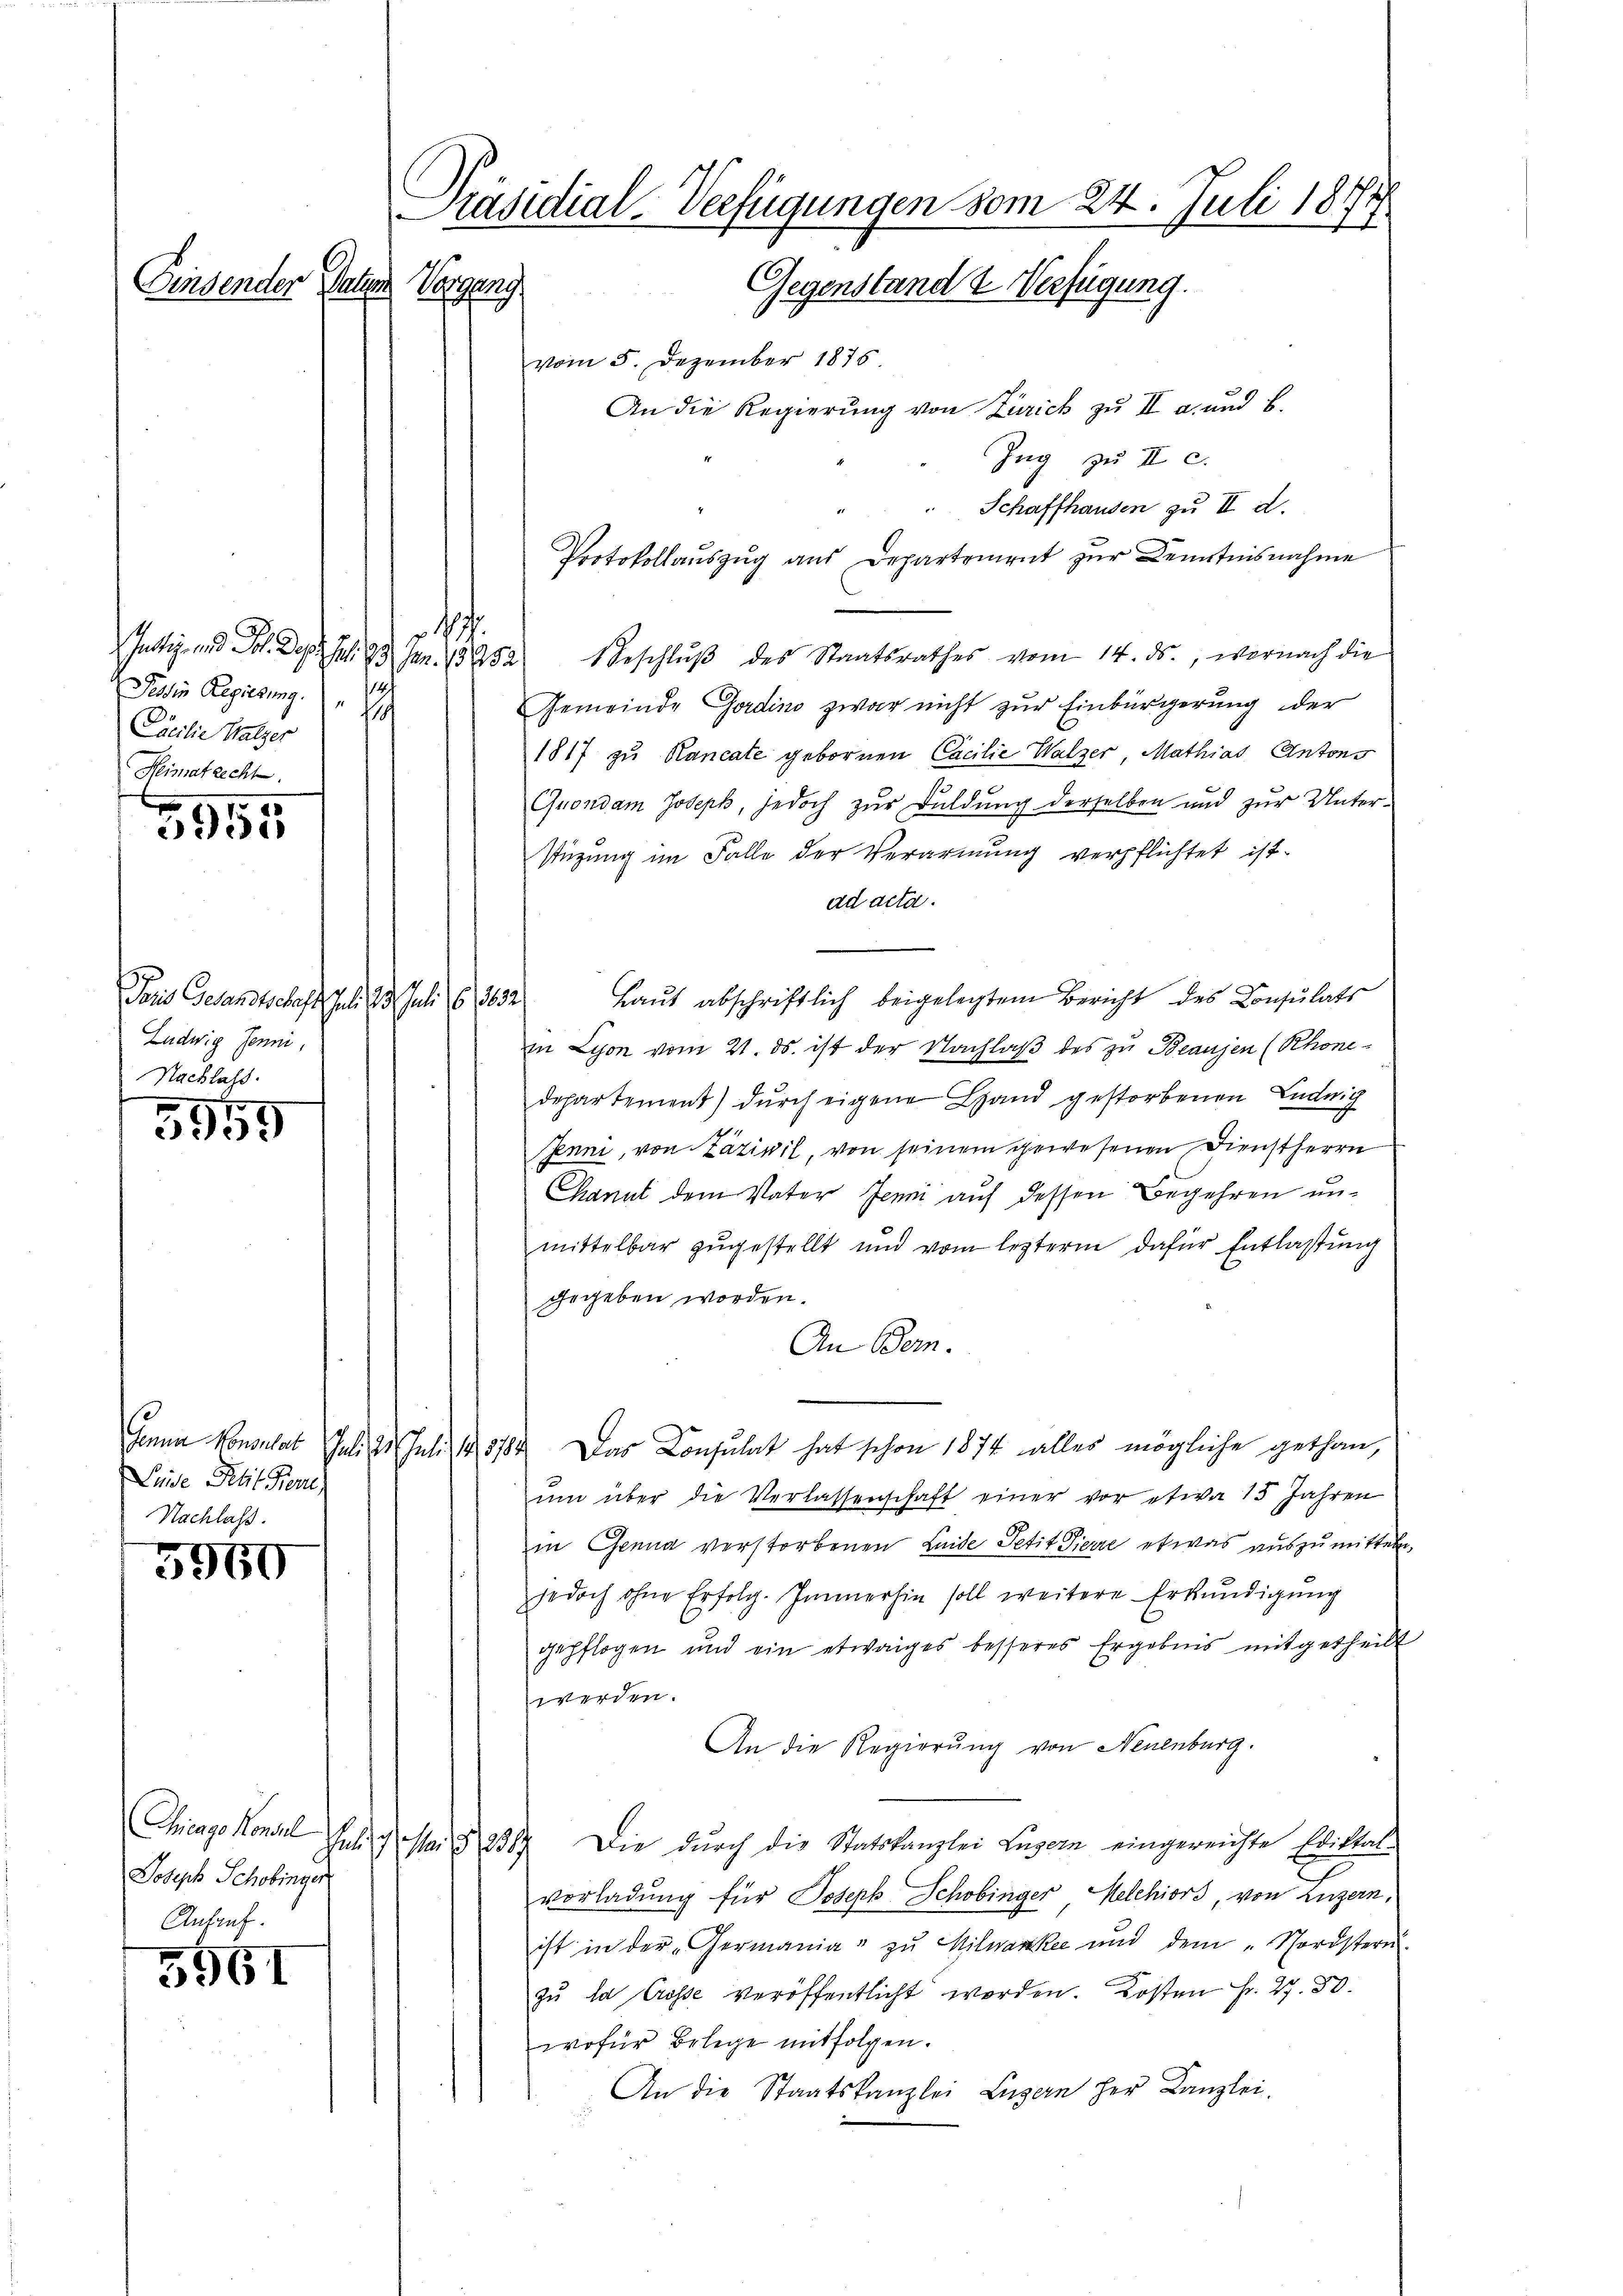
Einsender Patien

¬
Jesdie Regierung. 14
s
Cacilie Satzer
Heimatrecht.
.

5935

Die Gesandtschaft gelei den Juli 16. 1832.
Ludwig Jenni
Nachlass

5555

Luise Petit Freu
Nachlass.

5960

5961

Präsidial-Verfügungen vom 24. Juli 1874.
Regung
Gegenstand & Verfügung.

vom 5. Dezember 1876
An die Regierung von Zürich zu II a und b.
Zug zu II c.
Schaffhausen zu II d.
Protokollaŭszŭg aŭs Departement zŭr Kenntnisnahme
Justiz- und Joh. Der Juli 33 Jan. 13252 beschlŭβ des Staatsrathes vom 14. ds., wornach die
Gemeinde Gardino zwar nicht zur Einbürgerung der
1817 zu Rancate gebornen Cacilie Walzer, Mathias Antons
Grondam Joseph, jedoch zur Duldung derselben und zur Unter-
stüzung im Falle der Verarmung verpflichtet ist.
ad acta.
Laut abschriftlich beigelegtem Bericht des Consulats
in Lyon vom 21. ds. ist der Nachlaß des zu Beausen (Rhonedepartement) durch eigene Hand gestorbenen Luduig
Penni, von Zäzivil, von seinem gewesenen Dienstherrn
Chanut dem Vater Jenni auf dessen Begehren unmittelbar zugestellt und vom lezterm dafür Entlaßung
gegeben worden.
An Bern.
Jena Konsulat Juli 2. Juli 18784. Das Consulat hat schon 1874 alles mögliche gethan,
ŭm über die Verlassenschaft einer vor etwa 15 Jahren
in Genua verstorbenen Leide Petit Pierre etwas auszumitt
jedoch ohne Erfolg. Immerhin soll weitere Erkŭndigŭng
gepflogen und ein etwaiges besseres Ergebnis mitgethei
werden.
An die Regierung von Neuenburg.
Juli u. Mai § 2357 die durch die Statskanzlei Luzern eingereichte Ediktal-
vorladung für Joseph Schobinger Melchiors, von Luzern.
ist in der Germania zu Milwanke und dem „Vorster
zŭ la Crosse veröffentlicht worden. Kosten Fr. 27. 30.
wofür Belege mitfolgen.
An die Staatskanzlei Luzern her Kanzlei.

Chicage Konsel
Joseph Schobinger
Anbruf.